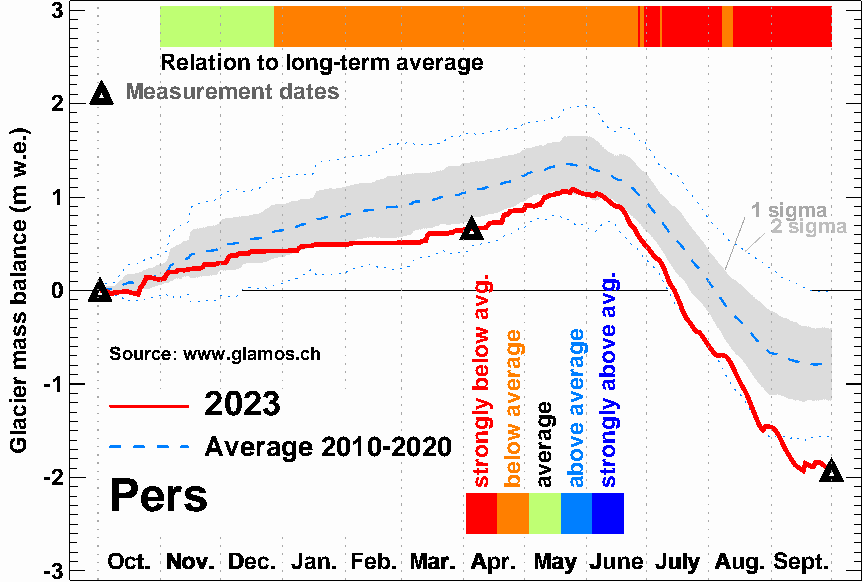
3
 Relation to long-term average
 Measurement dates
 2
 1
 1 sigma
 2 sigma
 0
 Source: www.glamos.ch
 -1
 2023
 Average 2010-2020
 -2
 Pers
 OOcctt.. NNoovv.. DDeecc.. JJaann.. FFeebb.. MMaarr.. AApprr.. MMaayy JJuunnee JJuullyy AAuugg.. SSeepptt..
 -3
 ).e.w
 m(
 ecnalab
 ssam
 reicalG
 .gva
 woleb
 ylgnorts
 egareva
 woleb
 egareva
 egareva
 evoba
 .gva
 evoba
 ylgnorts